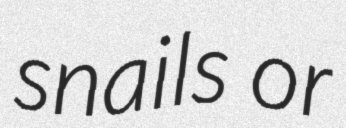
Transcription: snails or